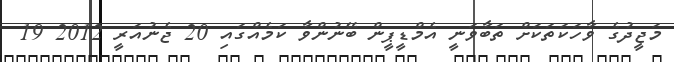
މަޖީދުގެ ވާހަކަތަކަށް ތަބާވަނީ އެމްޑީޕީން ބޭނުންވާ ކަމެއްގައި 20 ޖެނުއަރީ 2012 19